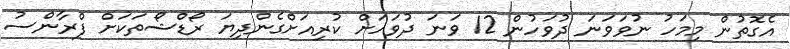
އެގޮތުން މިމަހު ނުވަވަނަ ދުވަހުން 12 ވަނަ ދުވަހަށް ކުރިއަށްގެންދިޔަ ރޯޑްޝޯތަކަށް ފްރާންސު